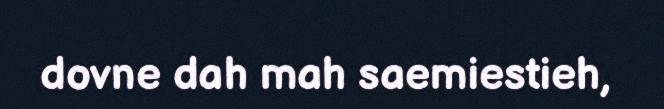
dovne dah mah saemiestieh,